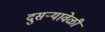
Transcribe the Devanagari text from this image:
दुसऱ्यावेळी